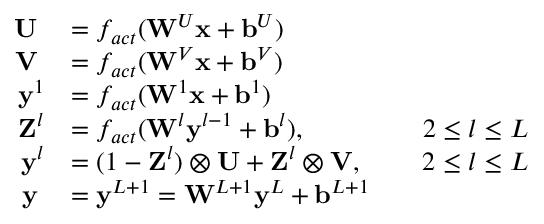
\begin{array} { r l r l } { \mathbf { U } \; } & { = f _ { a c t } ( \mathbf { W } ^ { U } \mathbf { x } + \mathbf { b } ^ { U } ) } & & { } \\ { \mathbf { V } \; } & { = f _ { a c t } ( \mathbf { W } ^ { V } \mathbf { x } + \mathbf { b } ^ { V } ) } & & { } \\ { \mathbf { y } ^ { 1 } } & { = f _ { a c t } ( \mathbf { W } ^ { 1 } \mathbf { x } + \mathbf { b } ^ { 1 } ) } & & { } \\ { \mathbf { Z } ^ { l } } & { = f _ { a c t } ( \mathbf { W } ^ { l } \mathbf { y } ^ { l - 1 } + \mathbf { b } ^ { l } ) , } & & { 2 \le l \le L } \\ { \mathbf { y } ^ { l } } & { = ( 1 - \mathbf { Z } ^ { l } ) \otimes \mathbf { U } + \mathbf { Z } ^ { l } \otimes \mathbf { V } , } & & { 2 \le l \le L } \\ { \mathbf { y } \; } & { = \mathbf { y } ^ { L + 1 } = \mathbf { W } ^ { L + 1 } \mathbf { y } ^ { L } + \mathbf { b } ^ { L + 1 } } & & { } \end{array}